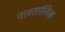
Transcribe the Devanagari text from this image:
नास्तालिक